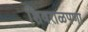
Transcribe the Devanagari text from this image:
शिवराळपणा